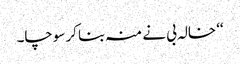
‘‘ خالہ بی نے منہ بنا کر سوچا۔